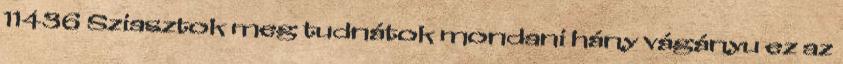
11436 Sziasztok meg tudnátok mondani hány vágányu ez az